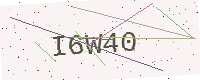
Text: I6W40